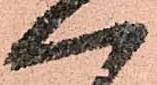
一